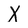
Character: X